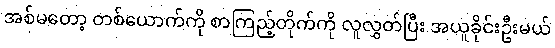
အစ်မတော့ တစ်ယောက်ကို စာကြည့်တိုက်ကို လူလွှတ်ပြီး အယူခိုင်းဦးမယ်